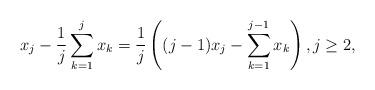
LaTeX: \begin{align*}x_j-\frac{1}{j}\sum_{k=1}^jx_k=\frac{1}{j}\left((j-1)x_j-\sum_{k=1}^{j-1}x_k\right),j\geq 2,\end{align*}